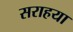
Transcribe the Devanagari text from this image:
सराहया